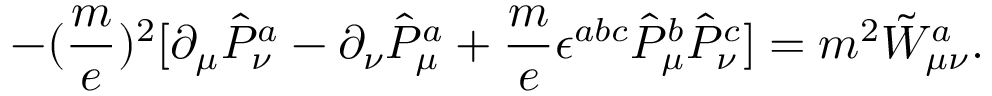
- ( \frac { m } { e } ) ^ { 2 } [ \partial _ { \mu } \hat { P } _ { \nu } ^ { a } - \partial _ { \nu } \hat { P } _ { \mu } ^ { a } + \frac { m } { e } \epsilon ^ { a b c } \hat { P } _ { \mu } ^ { b } \hat { P } _ { \nu } ^ { c } ] = m ^ { 2 } \tilde { W } _ { \mu \nu } ^ { a } .